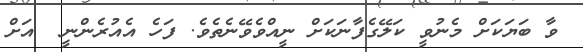
ވާ ބަޔަކަށް މެނުވީ ކަލޭގެފާނަކަށް ނީއްވެވޭނެތެވެ. ފަހެ އެއުރެންނީ  އަށް